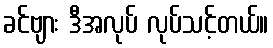
ခင်ဗျား ဒီအလုပ် လုပ်သင့်တယ်။